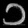
Digit: ၁